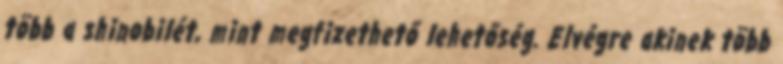
több a shinobilét, mint megfizethető lehetőség. Elvégre akinek több